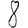
Digit: 8